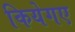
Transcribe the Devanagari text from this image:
कियेगए